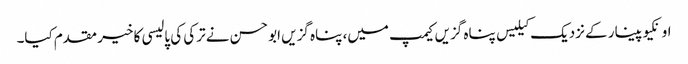
اونکیوپینار کے نزدیک کیلیس پناہ گزیں کیمپ میں، پناہ گزیں ابو حسن نے ترکی کی پالیسی کا خیر مقدم کیا۔